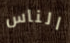
الناس